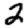
Digit: 2